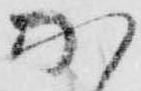
加